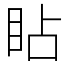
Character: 䀡